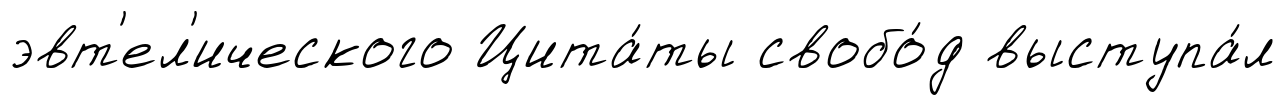
эвт'ел'ического Цита́ты свобо́д выступа́л